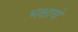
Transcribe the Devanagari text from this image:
भक्षाचे